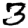
Digit: 3